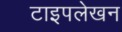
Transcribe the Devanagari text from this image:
टाइपलेखन